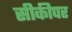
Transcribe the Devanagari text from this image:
सीकीपर